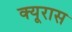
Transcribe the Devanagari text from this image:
क्यूरास